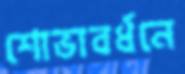
শোভাবর্ধনে